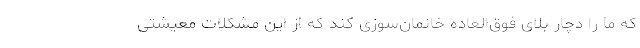
که ما را دچار بلای فوق‌العاده خانمان‌سوزی کند که از این مشکلات معیشتی